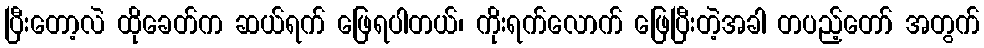
ပြီးတော့လဲ ထိုခေတ်က ဆယ်ရက် ဖြေရပါတယ်၊ ကိုးရက်လောက် ဖြေပြီးတဲ့အခါ တပည့်တော် အတွက်